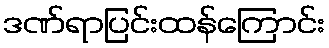
ဒဏ်ရာပြင်းထန်ကြောင်း